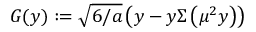
G ( y ) : = \sqrt { 6 / a } \left( y - y \Sigma \left( \mu ^ { 2 } y \right) \right)